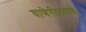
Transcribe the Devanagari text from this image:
घाणेरीप्रमाणे